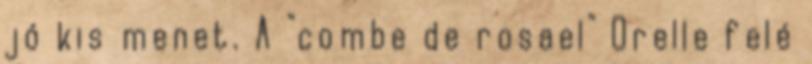
jó kis menet. A "combe de rosael" Orelle felé